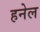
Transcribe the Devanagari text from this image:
हनेल